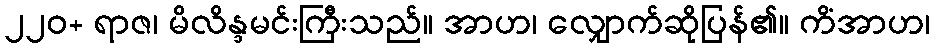
၂၂၀+ ရာဇ၊ မိလိန္ဒမင်းကြီးသည်။ အာဟ၊ လျှောက်ဆိုပြန်၏။ ကိံအာဟ၊